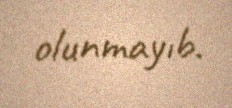
olunmayıb.